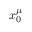
x _ { 0 } ^ { \mu }